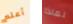
أعلم لماذا